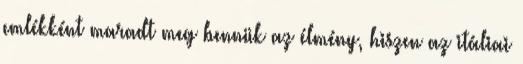
emlékként maradt meg bennük az élmény, hiszen az itáliai